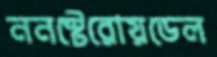
ননস্টেরোয়ডেল